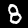
Label: 8